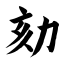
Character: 劾